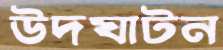
উদঘাটন